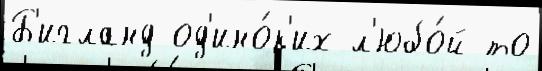
Б'игланд од'ино́к'их л'юбо́й то